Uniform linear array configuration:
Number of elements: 32
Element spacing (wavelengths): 0.25
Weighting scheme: uniform
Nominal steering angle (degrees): -15
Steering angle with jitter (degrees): -13.961
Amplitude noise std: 0.05
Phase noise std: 0.05

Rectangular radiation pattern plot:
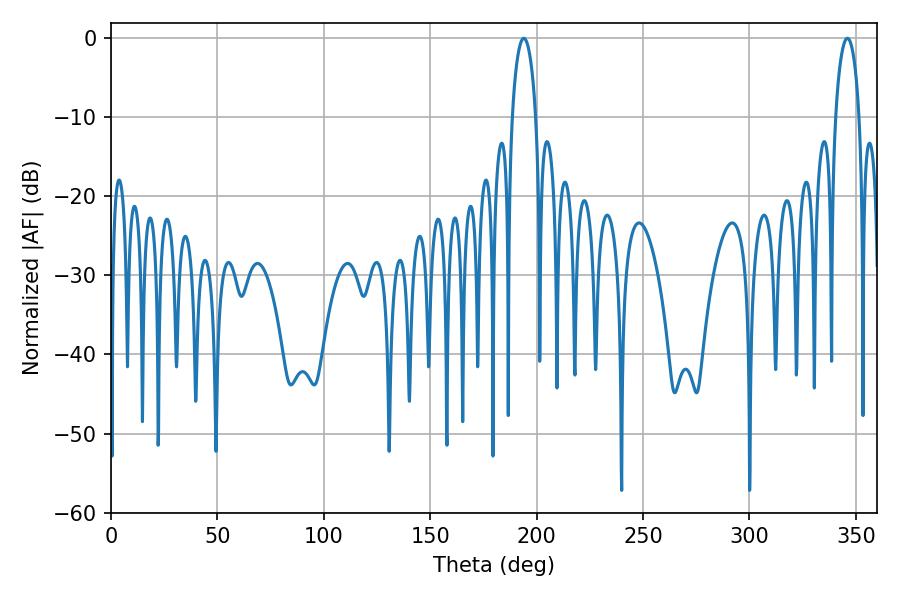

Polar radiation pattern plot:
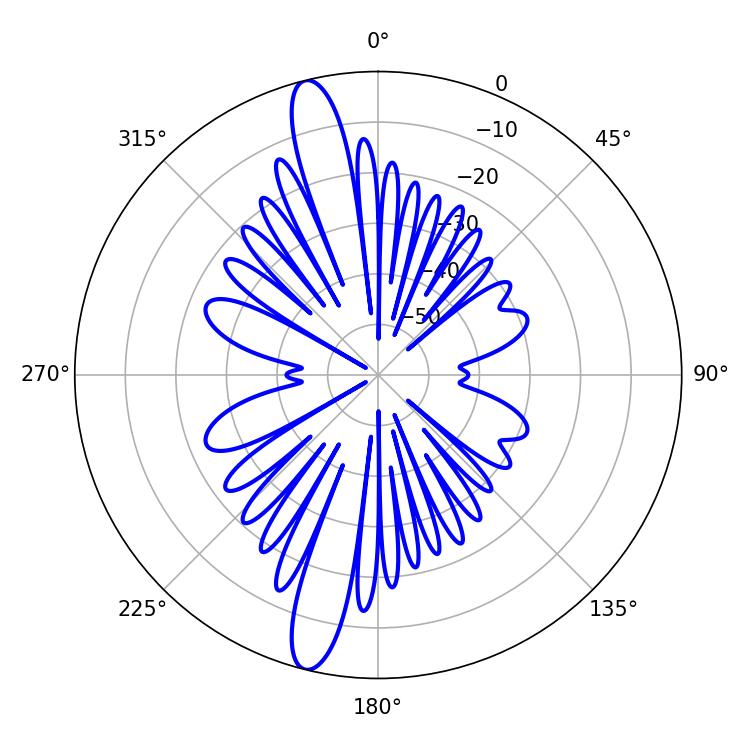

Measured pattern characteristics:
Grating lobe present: FALSE
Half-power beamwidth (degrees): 6.3
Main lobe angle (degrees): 194.04